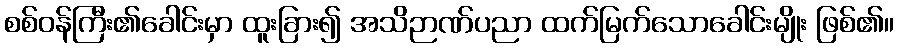
စစ်ဝန်ကြီး၏ခေါင်းမှာ ထူးခြား၍ အသိဉာဏ်ပညာ ထက်မြက်သောခေါင်းမျိုး ဖြစ်၏။